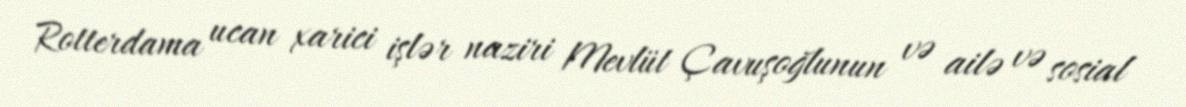
Rotterdama ucan xarici işlər naziri Mevlüt Çavuşoğlunun və ailə və sosial